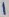
Text: 1